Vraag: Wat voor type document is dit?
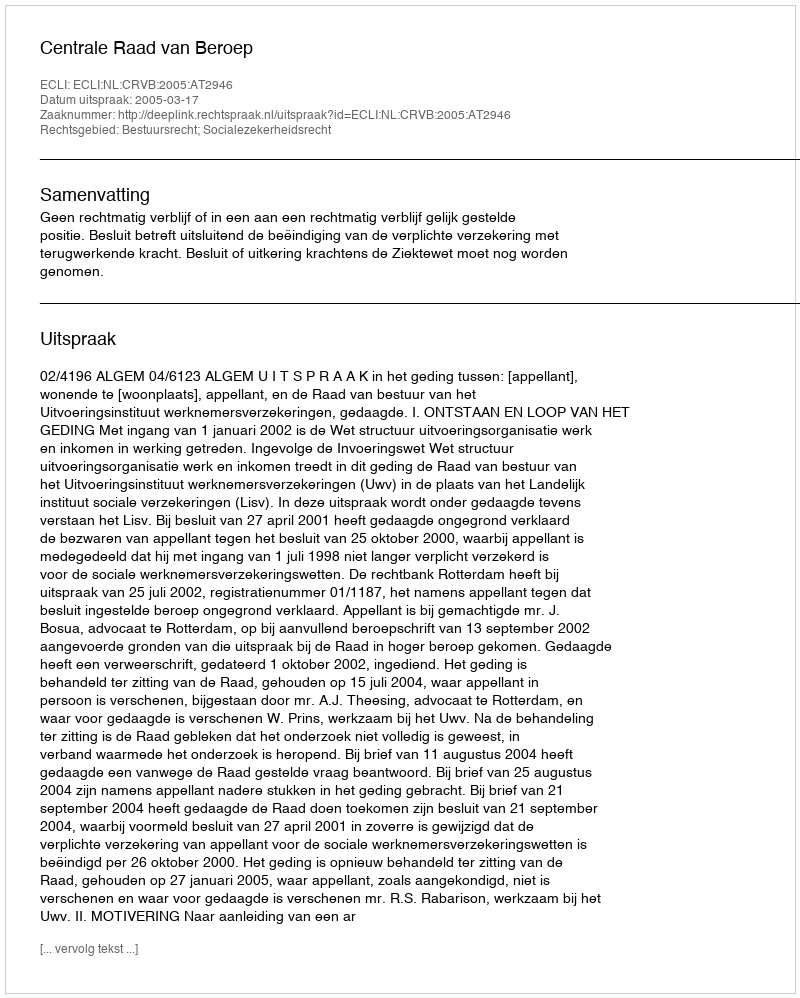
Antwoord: Uitspraak